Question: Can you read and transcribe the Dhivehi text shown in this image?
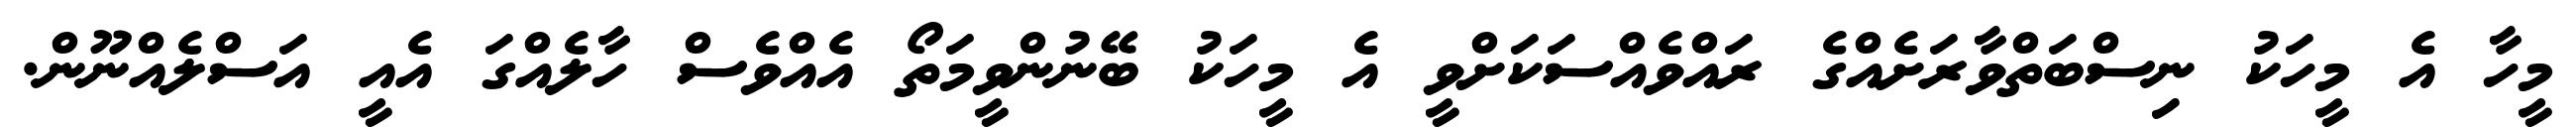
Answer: މީހާ އެ މީހަކު ނިސްބަތްވާރަށެއްގެ ރައްވެއްސަކަށްވީ އެ މީހަކު ބޭނުންވީމަތޯ އެއްވެސް ހާލެއްގަ އެއީ އަސްލެއްނޫން.